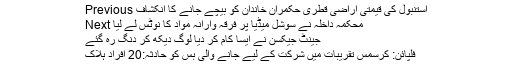
Previous استنبول کی قیمتی اراضی قطری حکمران خاندان کو بیچے جانے کا انکشاف
Next محکمہ داخلہ نے سوشل میڈیا پر فرقہ وارانہ مواد کا نوٹس لے لیا
جینٹ جیکسن نے ایسا کام کر دیا لوگ دیکھ کر دنگ رہ گئے
فلپائن: کرسمس تقریبات میں شرکت کے لیے جانے والی بس کو حادثہ:20 افراد ہلاک